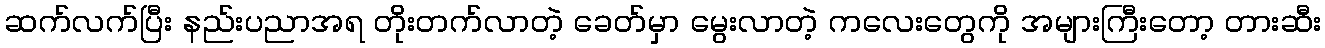
ဆက်လက်ပြီး နည်းပညာအရ တိုးတက်လာတဲ့ ခေတ်မှာ မွေးလာတဲ့ ကလေးတွေကို အများကြီးတော့ တားဆီး